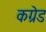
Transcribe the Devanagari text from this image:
कग्रेड